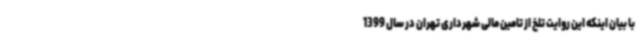
با بیان اینکه این روایت تلخ از تامین مالی شهرداری تهران در سال 1399